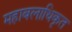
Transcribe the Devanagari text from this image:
महाबलाधिकृत